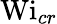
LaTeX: \textrm{Wi}_{cr}